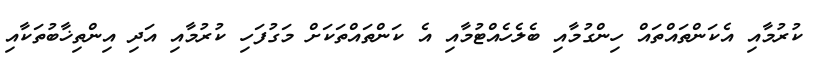
ކުރުމާއި އެކަންތައްތައް ހިންގުމާއި ބެލެހެއްޓުމާއި އެ ކަންތައްތަކަށް މަގުފަހި ކުރުމާއި އަދި އިންތިޚާބުތަކާއި